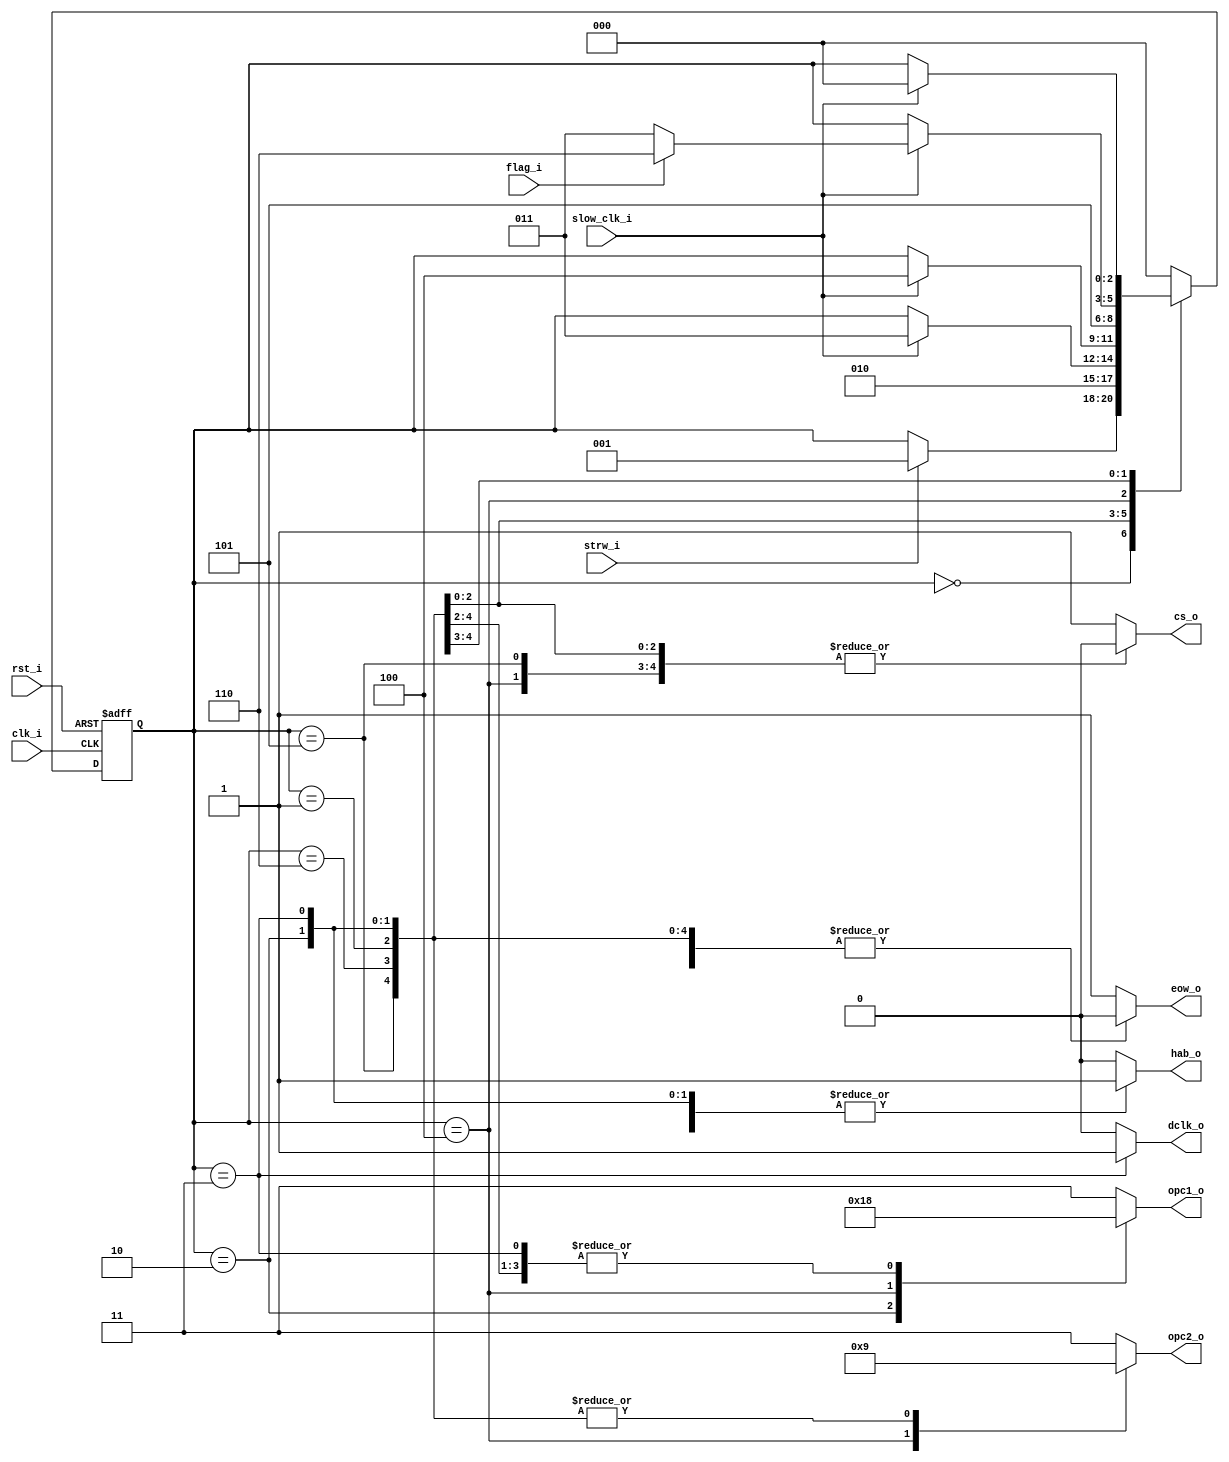
// Name: fsm_spiw.v
//
// Description: Maquina de estados utilizada para controlar (escribir) el ADC.

module fsm_spiw (
  input            rst_i,
  input            clk_i,
  input            strw_i,
  input            slow_clk_i,
  input            flag_i,
  output reg [1:0] opc1_o,
  output reg [1:0] opc2_o,
  output reg       cs_o,
  output reg       dclk_o,
  output reg       hab_o,
  output reg       eow_o
);

  localparam [2:0] s0 = 3'b000, // Reset piso_reg, Reset counter_w, Stop clk_div, Wait strw_i, 
                   s1 = 3'b001, // Dummy state
                   s2 = 3'b010, // Load piso_reg, Enable clk_div
                   s3 = 3'b011, // Hold piso_reg, Hold counter_w, dclk up
                   s4 = 3'b100, // Shift piso_reg, Increase counter_w, dclk down
                   s5 = 3'b101, // Hold piso_reg, hold counter_w, dclk down
                   s6 = 3'b110; // Chip select time requirement


  reg [2:0] present_state, next_state;

  always @(strw_i, slow_clk_i, flag_i, present_state) begin
    next_state = present_state;
    opc1_o = 2'b11; opc2_o = 2'b11; cs_o = 1'b1; dclk_o = 1'b0; hab_o = 1'b0; eow_o = 1'b1;
    case (present_state)
      s0 : begin
             opc1_o = 2'b11; opc2_o = 2'b11; cs_o = 1'b1; dclk_o = 1'b0; hab_o = 1'b0; eow_o = 1'b1;
             if (strw_i)
               next_state = s1;
           end

      s1 : begin
             opc1_o = 2'b00; opc2_o = 2'b01; cs_o = 1'b0; dclk_o = 1'b0; hab_o = 1'b0; eow_o = 1'b0;
             next_state = s2;
           end

      s2 : begin
             opc1_o = 2'b01; opc2_o = 2'b01; cs_o = 1'b0; dclk_o = 1'b0; hab_o = 1'b1; eow_o = 1'b0;
             if (slow_clk_i)
               next_state = s3;
           end

      s3 : begin
             opc1_o = 2'b00; opc2_o = 2'b01; cs_o = 1'b0; dclk_o = 1'b1; hab_o = 1'b1; eow_o = 1'b0;
             if (slow_clk_i)
               next_state = s4;
           end 

      s4 : begin
             opc1_o = 2'b10; opc2_o = 2'b10; cs_o = 1'b0; dclk_o = 1'b0; hab_o = 1'b1; eow_o = 1'b0;
             next_state = s5;
           end

      s5 : begin
             opc1_o = 2'b00; opc2_o = 2'b01; cs_o = 1'b0; dclk_o = 1'b0; hab_o = 1'b1; eow_o = 1'b0;
             if (slow_clk_i) begin
                if (flag_i) begin
                  next_state = s6;
                end else begin
                  next_state = s3;
                end
             end
           end 

      s6 : begin
             opc1_o = 2'b00; opc2_o = 2'b01; cs_o = 1'b1; dclk_o = 1'b0; hab_o = 1'b1; eow_o = 1'b0;
               if(slow_clk_i)
                 next_state = s0;
           end

      default: begin
                 next_state = s0;
               end
    endcase
  end

  always @(posedge clk_i, posedge rst_i) begin
    if (rst_i)
      present_state <= s0;
    else
      present_state <= next_state;
  end

endmodule